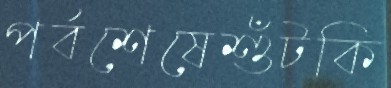
পর্বশেষেশুঁটকি